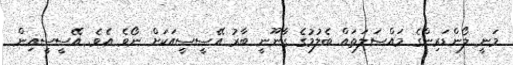
މަނީ ލޯންޑަރިންގެ މައްސަލަތައް ބެލުމުގެ ގާނޫނީ ބާރު އޭސީސީއަކަށް ނޯވެ އެެވެ. އޭސީސީއިން